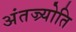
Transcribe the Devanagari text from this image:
अंतज्र्योति